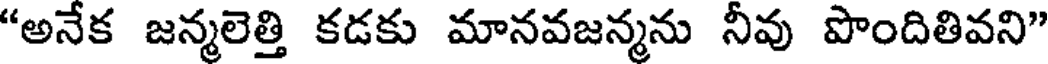
"అనేక జన్మలెత్తి కడకు మానవజన్మను నీవు పొందితివని"